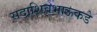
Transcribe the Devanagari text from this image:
सदाशिवभाऊकडे